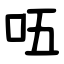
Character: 㕶